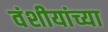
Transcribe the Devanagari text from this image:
वंशीयांच्या